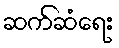
ဆက်ဆံရေး